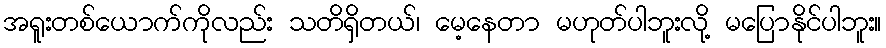
အရူးတစ်ယောက်ကိုလည်း သတိရှိတယ်၊ မေ့နေတာ မဟုတ်ပါဘူးလို့ မပြောနိုင်ပါဘူး။